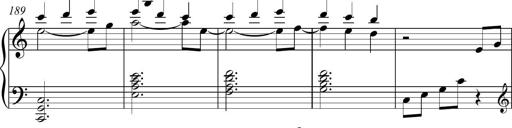
Title: Piano Sonatina in C
Composer: Daniel LÃ©o Simpson
Key: C major